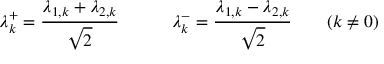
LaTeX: \lambda _ { k } ^ { + } = \frac { \lambda _ { 1 , k } + \lambda _ { 2 , k } } { \sqrt { 2 } } \qquad \quad \lambda _ { k } ^ { - } = \frac { \lambda _ { 1 , k } - \lambda _ { 2 , k } } { \sqrt { 2 } } \qquad ( k \neq 0 )